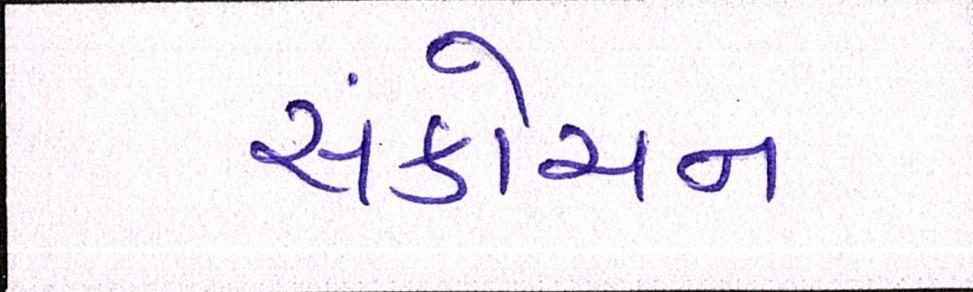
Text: સંકોચન